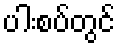
ပါးစပ်တွင်